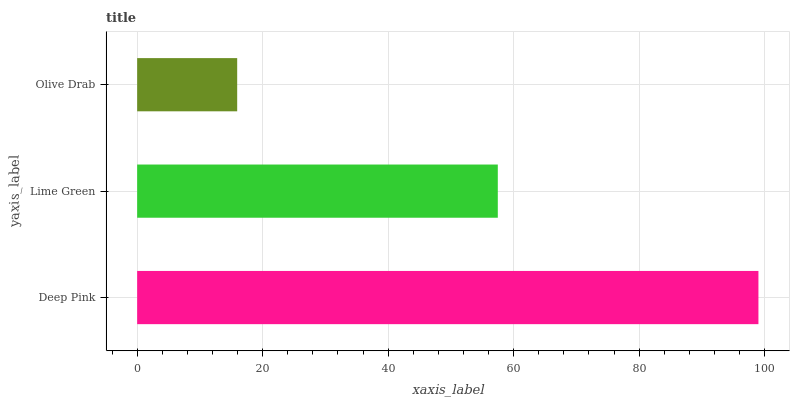
| yaxis_label | bars |
 | --- | --- |
 | Deep Pink | 99 |
 | Lime Green | 57.5 |
 | Olive Drab | 15.9 |